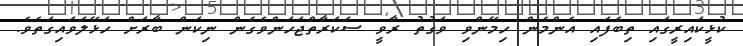
ކުޅީކައިރީގައި ތިބެފައި އެންމެން ހިމޭންވި ވަގުތު ރާވީ ސަކަރާތްޖަހަންވެގެން ނިކަން ބާރަށް ހަޅޭލަވައިގަތެވެ.